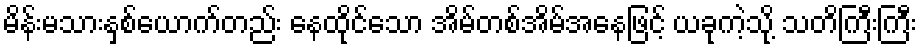
မိန်းမသားနှစ်ယောက်တည်း နေထိုင်သော အိမ်တစ်အိမ်အနေဖြင့် ယခုကဲ့သို့ သတိကြီးကြီး